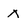
Character: x